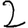
Digit: 2